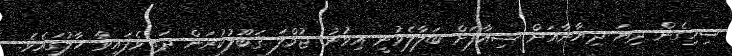
ސިހިގެން ދިޔަ ދިޔާނާއަށް ޝިއާފަށް ބަލާލެވުނީ އިވުނު ޖުމްލަ ޤަބޫލުކުރަން ދަތިވެފައިވާ ހާލުގައެވެ.